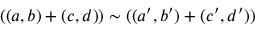
( ( a , b ) + ( c , d ) ) \sim ( ( a ^ { \prime } , b ^ { \prime } ) + ( c ^ { \prime } , d ^ { \prime } ) )